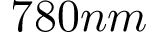
7 8 0 n m